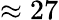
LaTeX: \approx 27